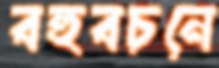
বহুবচনে